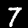
Label: 7